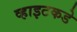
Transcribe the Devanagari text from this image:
व्हाइटकडे